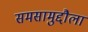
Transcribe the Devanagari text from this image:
समसामुद्दौला